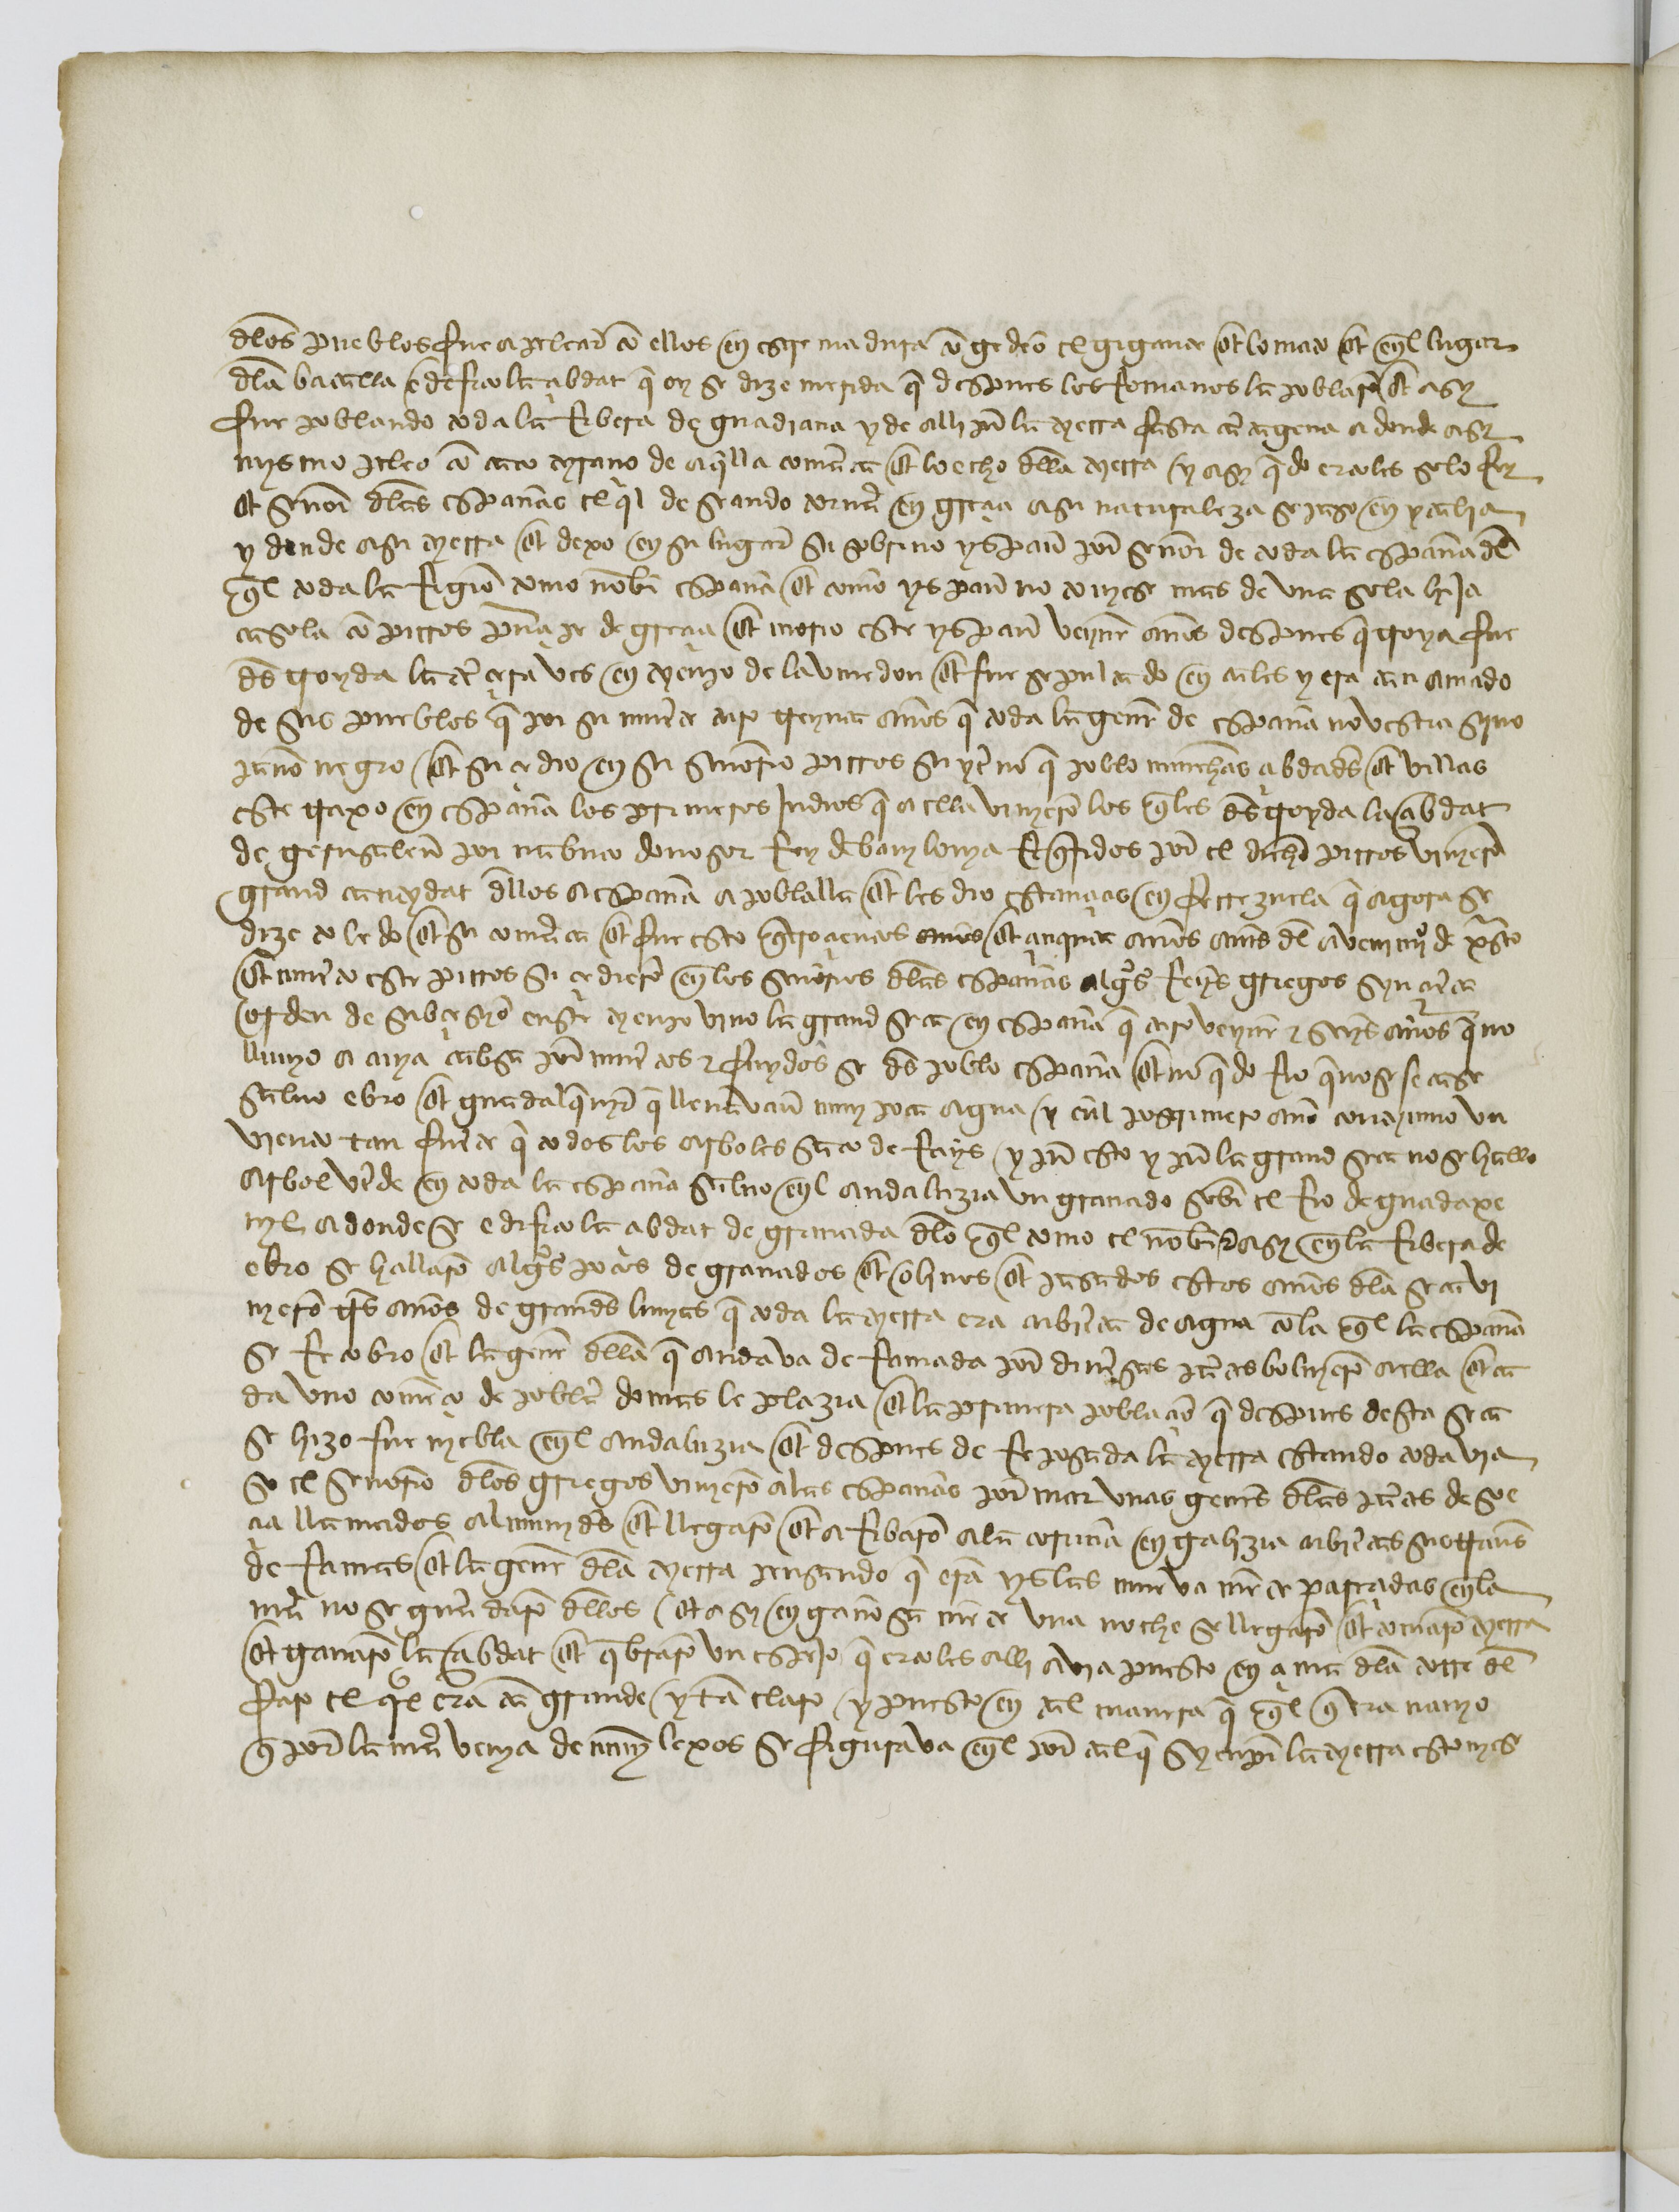
Shelfmark: Paris, BnF, esp. 110
Century: 15